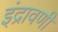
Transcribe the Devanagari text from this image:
इंद्रावणी